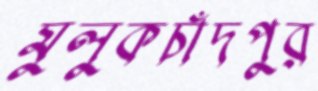
মুলুকচাঁদপুর